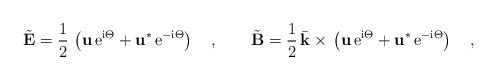
\begin{align*}\tilde{{\bf E}} {}={}\frac{1}{2}\,\left({\bf u}\,{\rm e}^{{\rm i} \Theta}{}+{} {\bf u}^{*}\,{\rm e}^{-{\rm i} \Theta}\right)\quad,\qquad\tilde{{\bf B}} {}={}\frac{1}{2}\,\bar{\bf k} {}\times{}\left({\bf u}\,{\rm e}^{{\rm i} \Theta}{}+{} {\bf u}^{*}\,{\rm e}^{-{\rm i} \Theta}\right)\quad,\end{align*}